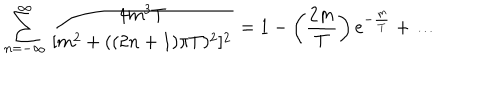
\sum _ { n = - \infty } ^ { \infty } \frac { 4 m ^ { 3 } T } { [ m ^ { 2 } + ( ( 2 n + 1 ) \pi T ) ^ { 2 } ] ^ { 2 } } = 1 - \left( \frac { 2 m } { T } \right) e ^ { - \frac { m } { T } } + \dots